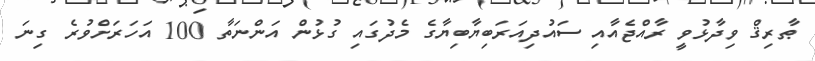
ޠާރިޤް ވިދާޅުވީ ރާއްޖެއާއި ސައުދިއަރަބިޔާބިޔާގެ މެދުގައި ގުޅުން އަންނަތާ 100 އަހަރަށްވުރެ ގިނަ